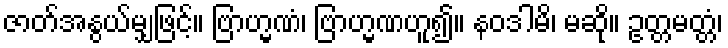
ဇာတ်အနွယ်မျှဖြင့်။ ဗြာဟ္မဏံ၊ ဗြာဟ္မဏဟူ၍။ နဝဒါမိ၊ မဆို။ ဥတ္တမတ္တံ၊